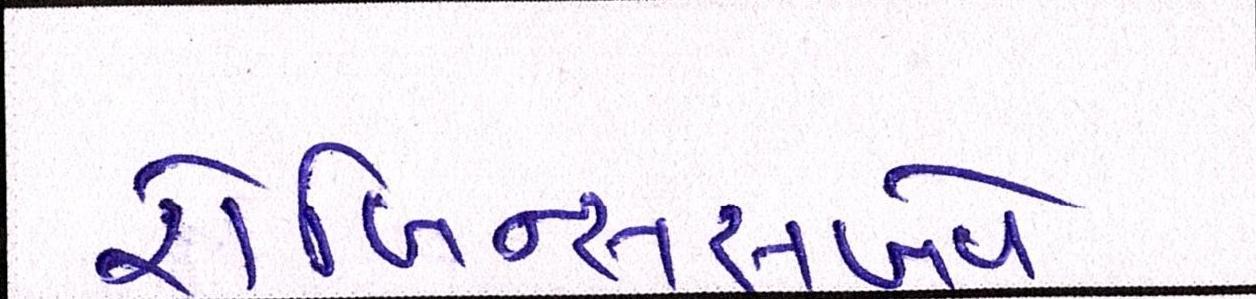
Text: રોબિન્સસબવે